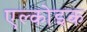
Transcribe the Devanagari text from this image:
एल्कोइक